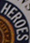
HEROES